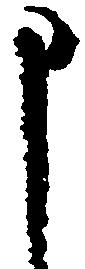
申